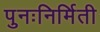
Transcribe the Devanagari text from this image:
पुनःनिर्मिती